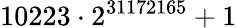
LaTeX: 10223\cdot 2^{31172165}+1